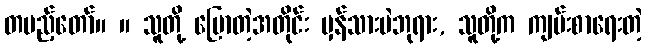
တပည့်တော်။ ။ သူတို့ ပြောတဲ့အတိုင်း မှန်သားပဲဘုရား, သူတို့က ကျမ်းစာရေးတဲ့